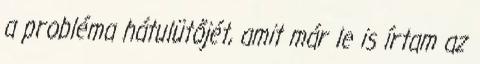
a probléma hátulütőjét, amit már le is írtam az